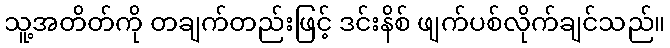
သူ့အတိတ်ကို တချက်တည်းဖြင့် ဒင်းနိစ် ဖျက်ပစ်လိုက်ချင်သည်။